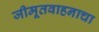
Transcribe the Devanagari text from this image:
जीमूतवाहनाचा